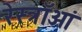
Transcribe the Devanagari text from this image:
रेस्त्राँओं